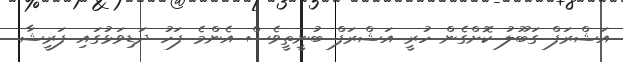
އަޝްރަފް ގަބޫލު ކޮށްގެން ހުރީ އަޝްރަފް ބުނީތީވެސް އެންމެ ފަހު ދަޑިވަޅުގައި ފަރީޝާ